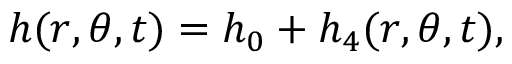
h ( r , \theta , t ) = h _ { 0 } + h _ { 4 } ( r , \theta , t ) ,